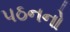
પઠનનો